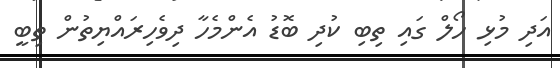
އަދި މުޅި ހޯލް ގައި ތިބި ކުދި ބޮޑު އެންމެހާ ދިވެހިރައްޔިތުން ތިބީ